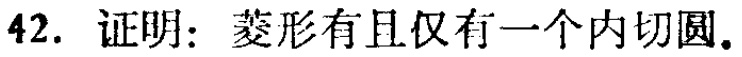
42. 证明：菱形有且仅有一个内切圆.